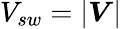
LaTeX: V_{sw}=|\boldsymbol{V}|